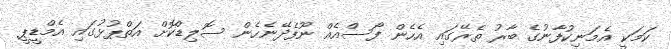
ކަމަކީ އެމަނިކުފާނުގެ ބާރު ތެރޭގައި އެހެން ފޯސްއެއް ނޫފެދޭނެހެން ސޮލިޑްކޮށް އަތްޕުޅުގައި އެމްޑީޕީ